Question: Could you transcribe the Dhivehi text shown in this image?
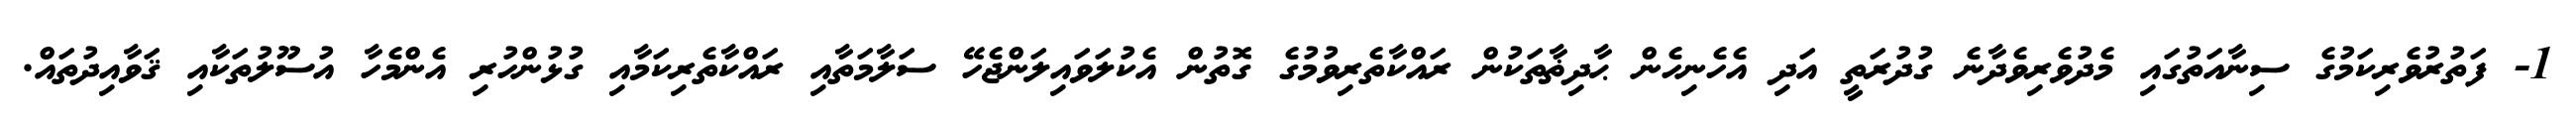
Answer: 1- ފަތުރުވެރިކަމުގެ ސިނާއަތުގައި މެދުވެރިވެދާނެ ގުދުރަތީ އަދި އެހެނިހެން ޙާދިޡާތަކުން ރައްކާތެރިވުމުގެ ގޮތުން އެކުލަވައިލަންޖެހޭ ސަލާމަތާއި ރައްކާތެރިކަމާއި ގުޅުންހުރި އެންމެހާ އުސޫލުތަކާއި ޤަވާއިދުތައް.